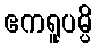
ဧကရူပမ္ပိ